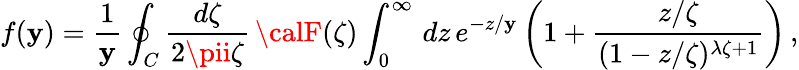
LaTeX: f(\mathbf{y})={\frac{{1}}{{\mathbf{y}}}}\oint_{C}{\frac{{d\zeta}}{{2\pii\zeta}}}\, {\calF}(\zeta)\int_{0}^{\infty}\, dz\, e^{-z/\mathbf{y}}\left(1+{\frac{{z/\zeta}}{{(1-z/\zeta)^{\lambda\zeta+1}}}}\right)\, ,